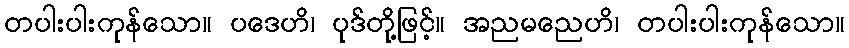
တပါးပါးကုန်သော။ ပဒေဟိ၊ ပုဒ်တို့ဖြင့်။ အညမညေဟိ၊ တပါးပါးကုန်သော။